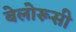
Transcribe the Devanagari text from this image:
बेलोरूसी